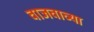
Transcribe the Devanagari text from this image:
वाजवाव्या